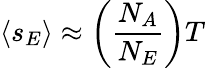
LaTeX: \langle s_{E}\rangle\approx\left(\frac{N_{A}}{N_{E}}\right)T